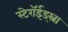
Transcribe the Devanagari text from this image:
स्टेरॉईड्स्ना